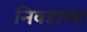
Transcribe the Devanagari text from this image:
निवडाव्या